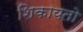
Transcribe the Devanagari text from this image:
शिकायतो